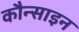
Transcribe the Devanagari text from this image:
कौन्साइन